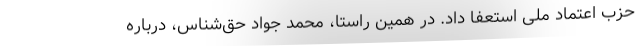
حزب اعتماد ملی استعفا داد. در همین راستا، محمد جواد حق‌شناس، درباره